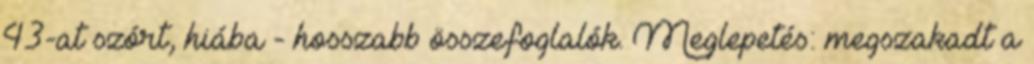
43-at szórt, hiába - hosszabb összefoglalók. Meglepetés: megszakadt a